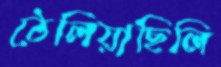
ঠেলিয়াছিলি